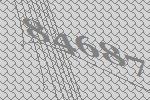
84687